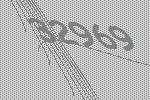
32969